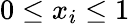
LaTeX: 0\leq x_{i}\leq 1